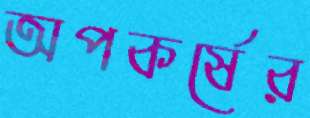
অপকর্ষের